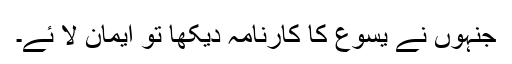
جنہوں نے یسوع کا کارنامہ دیکھا تو ایمان لا ئے۔